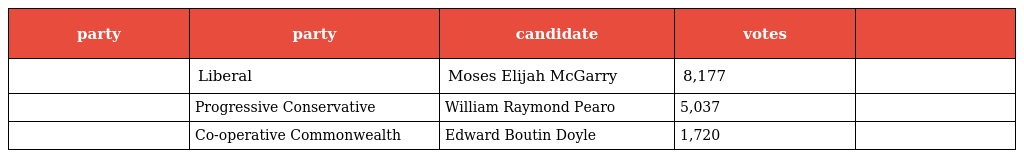
| party | party | candidate | votes |  |
 | --- | --- | --- | --- | --- |
 |  | Liberal | Moses Elijah McGarry | 8,177 |  |
 |  | Progressive Conservative | William Raymond Pearo | 5,037 |  |
 |  | Co-operative Commonwealth | Edward Boutin Doyle | 1,720 |  |